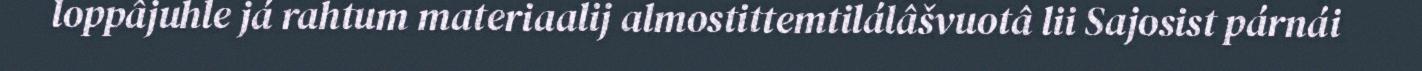
loppâjuhle já rahtum materiaalij almostittemtilálâšvuotâ lii Sajosist párnái